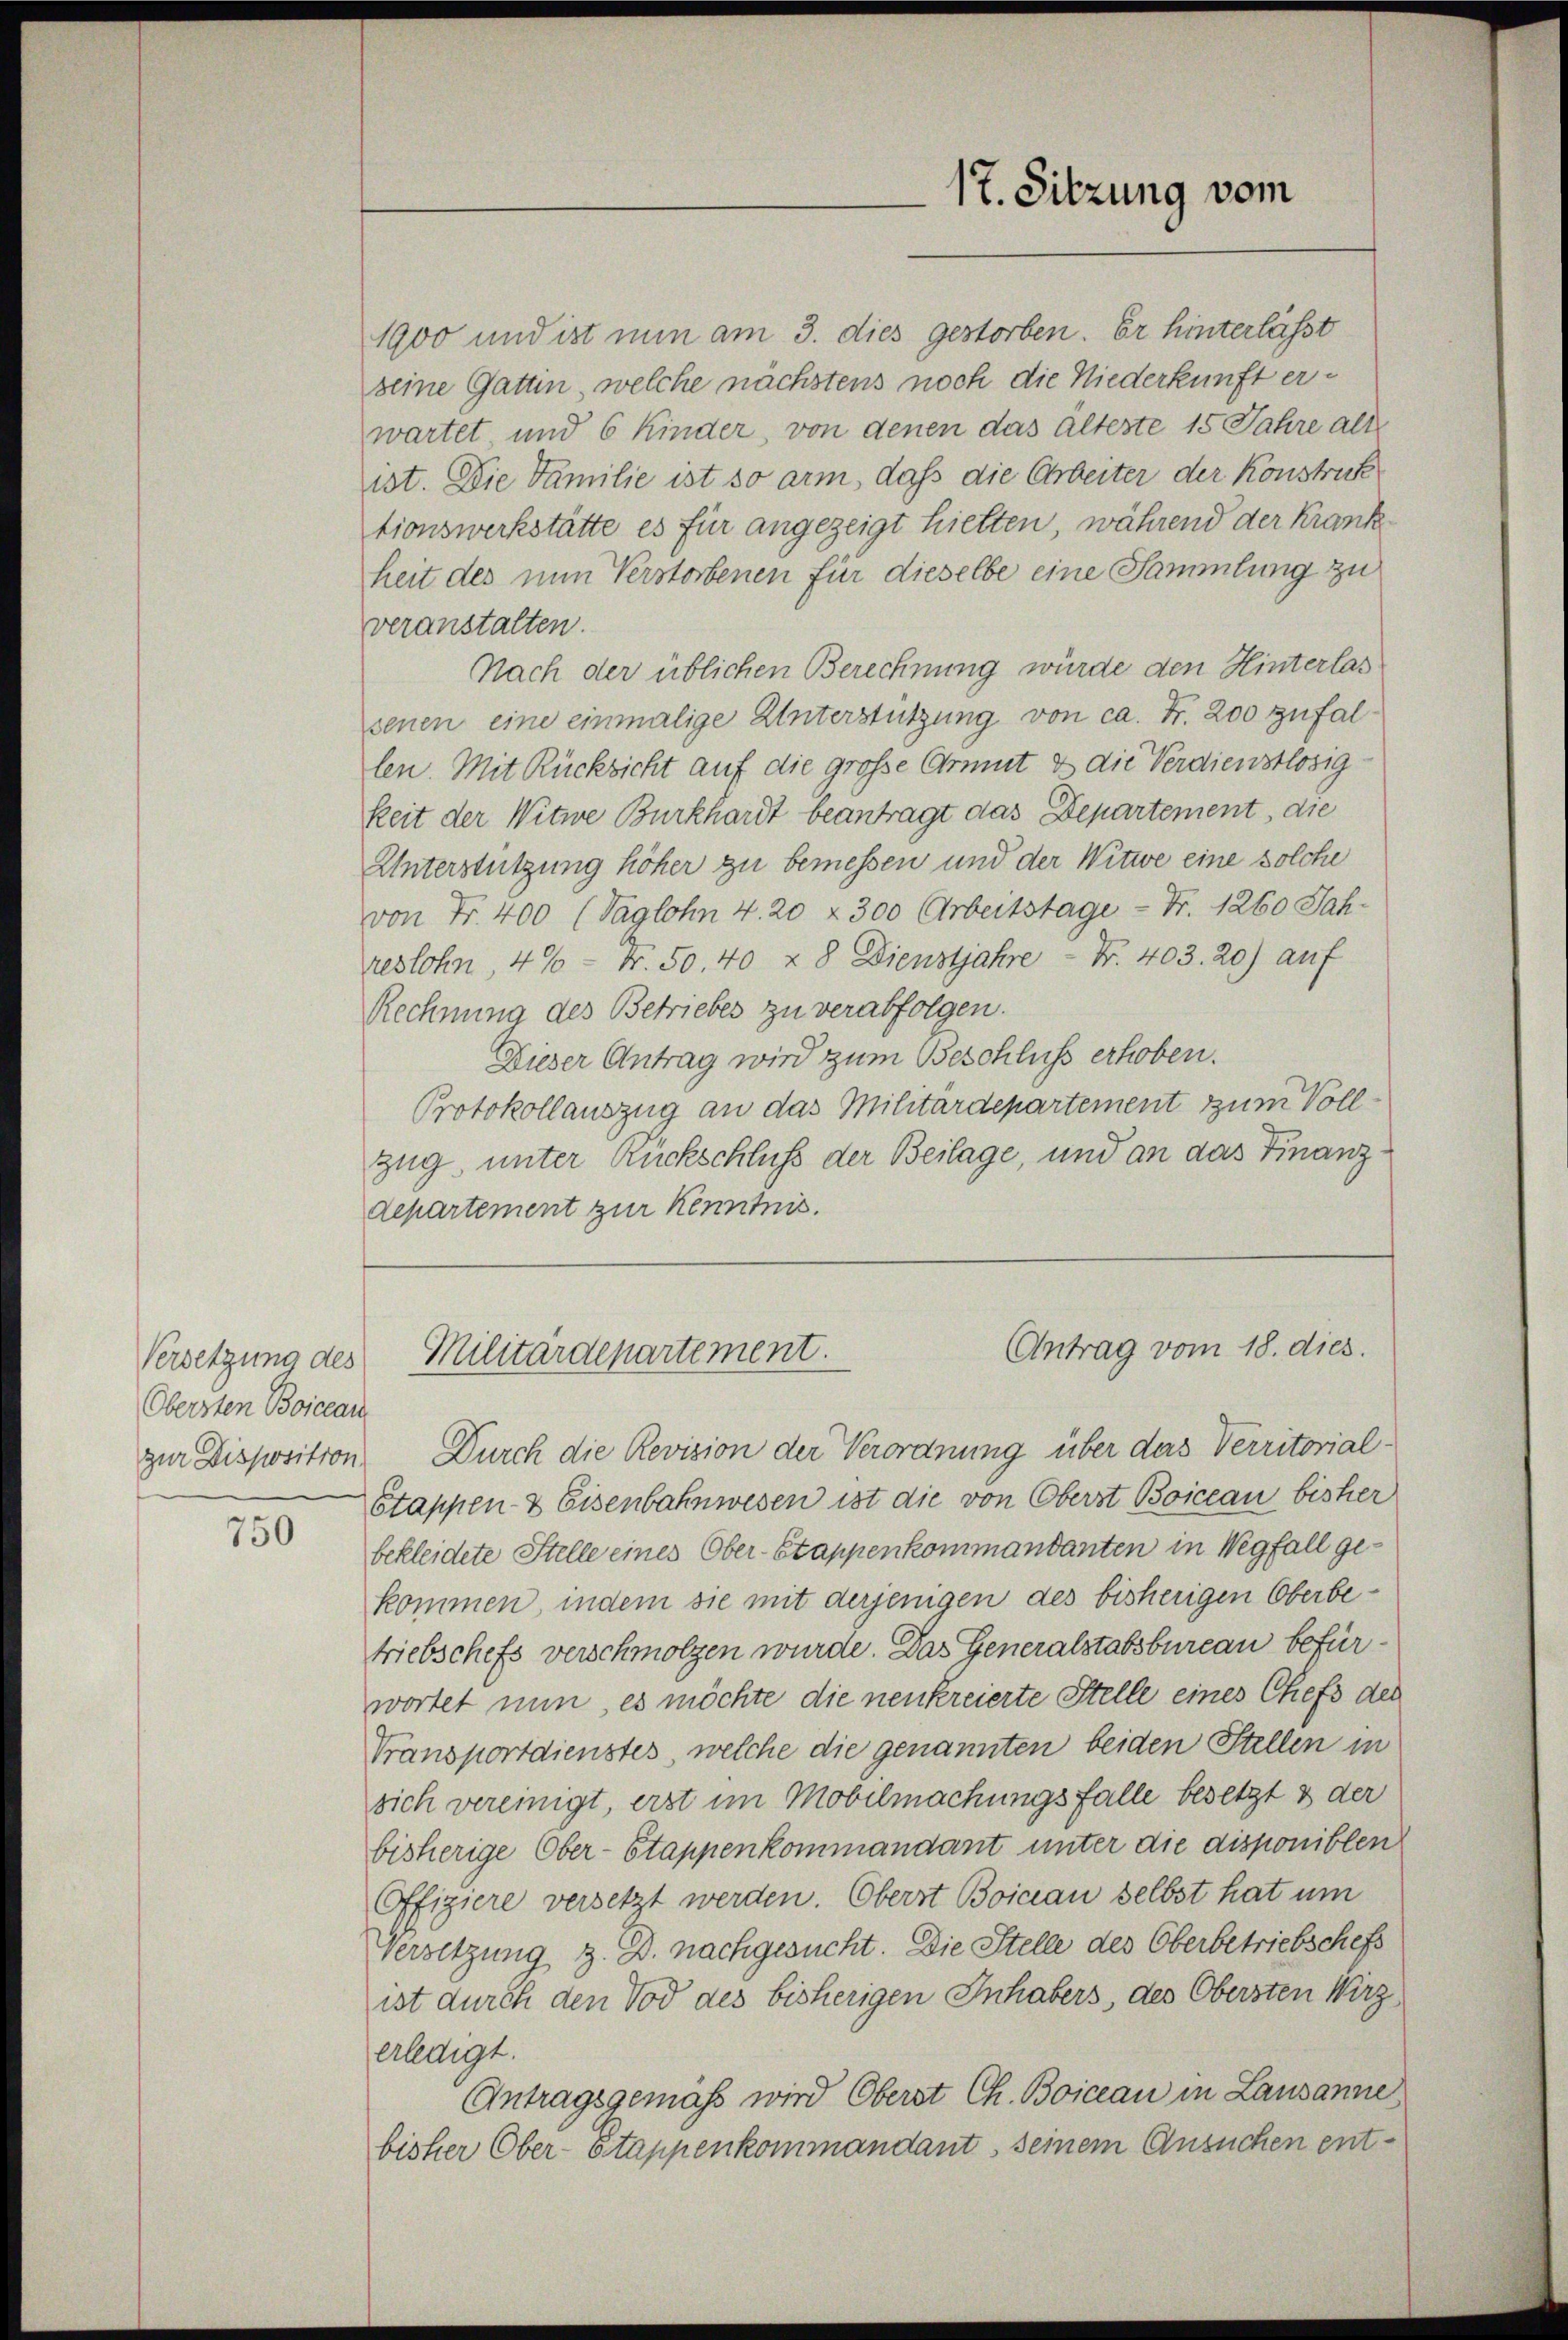
Versetzung des
Obersten Boicean

750

departement zur Kenntnis.

1900 und ist nun am 3. dies gestorben. Er hinterlässt
seine Gattin, welche nächstens noch die Niederkunft erwartet, und 6 Kinder, von denen das älteste 15 Jahre alle
ist. Die Familie ist so arm, daß die Arbeiter der Konstruck
tionswerkstätte es für angezeigt hielten, während der Krankheit des nun Verstorbenen für dieselbe eine Sammlung zu
veranstalten.
Nach der üblichen Berechnung würde den Hinterlas
senen eine einmalige Unterstützung von ca. Fr. 200 zufallen. Mit Rücksicht auf die große Comit 8 die Verdienstlosig
keit der Witwe Burkhardt beantragt das Departement, die
Unterstützung höher zu bemessen und der Witwe eine solche
von Fr. 400 (Taglohn 4. 20 2300 Arbeitstage - Fr. 1260 Jahreslohn, 4%- Nr. 50. 40 & 8 Dienstjahre Nr. 403. 20) auf
Rechnung des Betriebes zu verabfolgen.
Dieser Antrag wird zum Beschluss erhoben.
Protokollauszug an das Militärdepartement zum Vollzug, unter Rückschluss der Beilage, und an das Finanz¬
Antrag vom 18. dies.
Militärdepartement.
zur Disposition. Durch die Revision der Verordnung über das Verritorial¬
Etappen- & Eisenbahnwesen ist die von Oberst Boicean bisher
bekleidete Stelle eines Ober-Stappenkommandanten in Wegfall gekommen, indem sie mit derjenigen des bisherigen Oberbetriebschefs verschmolzen wurde. Das Generalstabsbureau befürwortet nun, es möchte die neukreierte Stelle eines Chefs der
Transportdienstes, welche die genannten beiden Stellen in
sich vereinigt, erst im Mobilmachungsfalle besetzt 3 der
bisherige Ober-Stappenkommandant unter die disponiblen
Offigiere versetzt werden. Oberst Boicau selbst hat um
Versetzung z. B. nachgesucht. Die Stelle des Oberbetriebschefs
ist durch den Tod des bisherigen Inhabers, des Obersten Wirz
erledigt.
Antragsgemäß wird Oberst Ch. Boiceau in Lausanne
bisher Ober-Stappenkommandant, seinem Ansuchen ent-

17. Sitzung vom